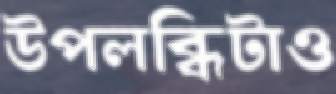
উপলব্ধিটাও